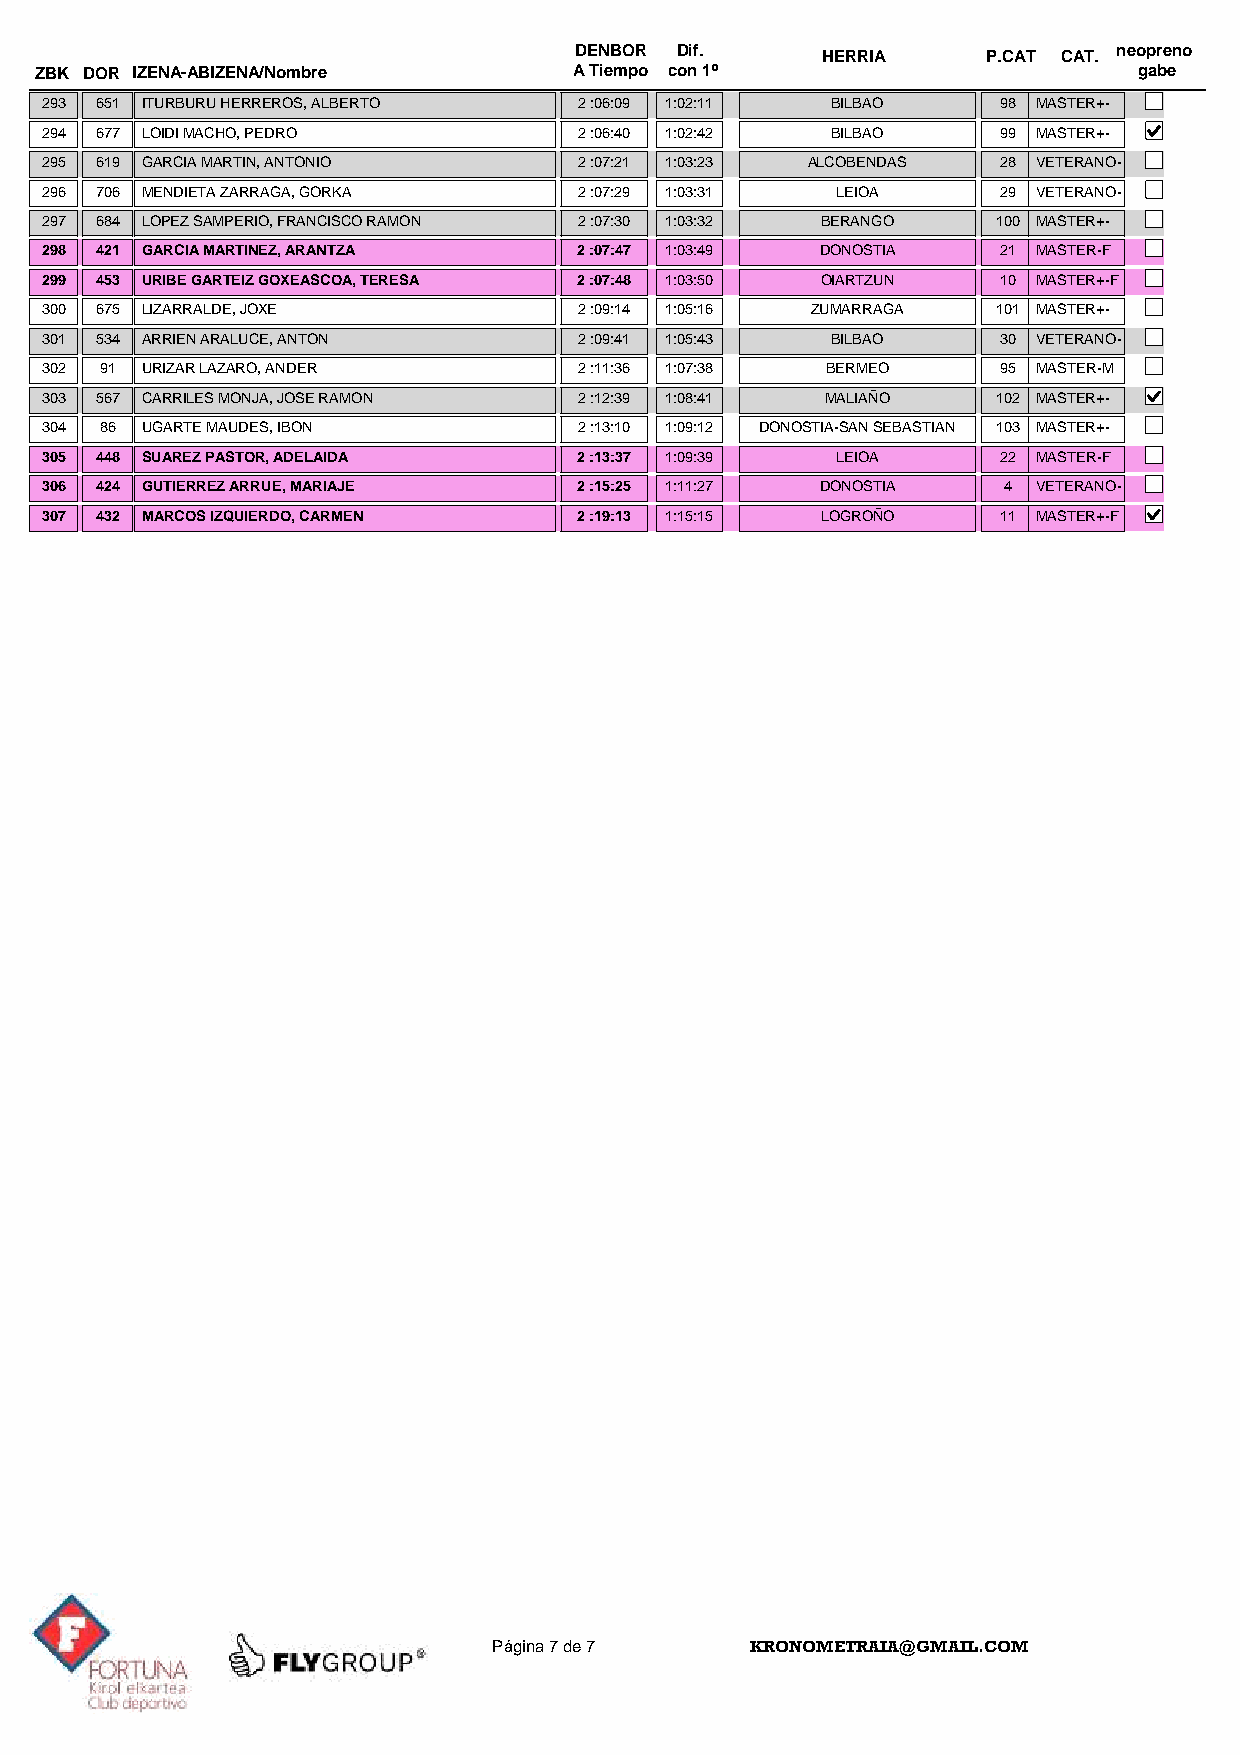
DENBOR Dif.     HERRIA     P.CAT CAT. neopreno
 ZBK DOR IZENA-ABIZENA/Nombre        A Tiempo con 1º                      gabe
 293 651 ITURBURU HERREROS, ALBERTO 2 :06:09 1:02:11 BILBAO     98 MASTER+-
 294 677 LOIDI MACHO, PEDRO         2 :06:40 1:02:42 BILBAO     99 MASTER+-
 295 619 GARCIA MARTIN, ANTONIO     2 :07:21 1:03:23 ALCOBENDAS 28 VETERANO-
 296 706 MENDIETA ZARRAGA, GORKA    2 :07:29 1:03:31 LEIOA      29 VETERANO-
 297 684 LOPEZ SAMPERIO, FRANCISCO RAMON 2 :07:30 1:03:32 BERANGO 100 MASTER+-
 298 421 GARCIA MARTINEZ, ARANTZA   2 :07:47 1:03:49 DONOSTIA   21 MASTER-F
 299 453 URIBE GARTEIZ GOXEASCOA, TERESA 2 :07:48 1:03:50 OIARTZUN 10 MASTER+-F
 300 675 LIZARRALDE, JOXE           2 :09:14 1:05:16 ZUMARRAGA  101 MASTER+-
 301 534 ARRIEN ARALUCE, ANTON      2 :09:41 1:05:43 BILBAO     30 VETERANO-
 302 91 URIZAR LAZARO, ANDER        2 :11:36 1:07:38 BERMEO     95 MASTER-M
 303 567 CARRILES MONJA, JOSE RAMON 2 :12:39 1:08:41 MALIAÑO    102 MASTER+-
 304 86 UGARTE MAUDES, IBON         2 :13:10 1:09:12 DONOSTIA-SAN SEBASTIAN 103 MASTER+-
 305 448 SUAREZ PASTOR, ADELAIDA    2 :13:37 1:09:39 LEIOA      22 MASTER-F
 306 424 GUTIERREZ ARRUE, MARIAJE   2 :15:25 1:11:27 DONOSTIA   4  VETERANO-
 307 432 MARCOS IZQUIERDO, CARMEN   2 :19:13 1:15:15 LOGROÑO    11 MASTER+-F
 Página 7 de 7    KRONOMETRAIA@GMAIL.COM